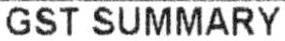
GST SUMMARY